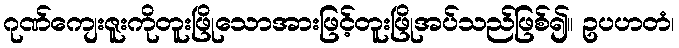
ဂုဏ်ကျေးဇူးကိုတူးဖြိုသောအားဖြင့်တူးဖြိုအပ်သည်ဖြစ်၍။ ဥပဟတံ၊